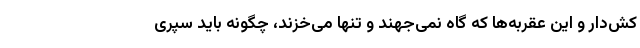
کش‌دار و این عقربه‌ها که گاه نمی‌جهند و تنها می‌خزند، چگونه باید سپری